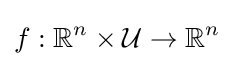
f:\mathbb {R} ^{n}\times {\mathcal {U}}\to \mathbb {R} ^{n}